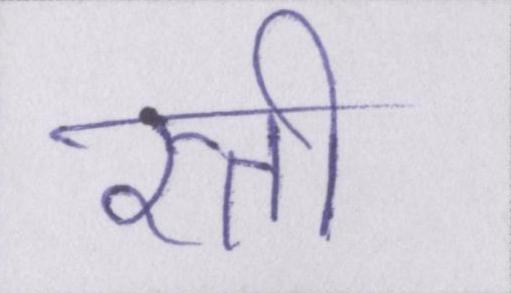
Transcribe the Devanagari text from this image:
रत्ती